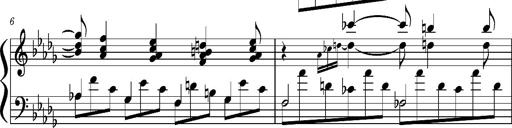
Title: Concerto sans orchestre, S.524a
Composer: Franz Liszt
Key: A major